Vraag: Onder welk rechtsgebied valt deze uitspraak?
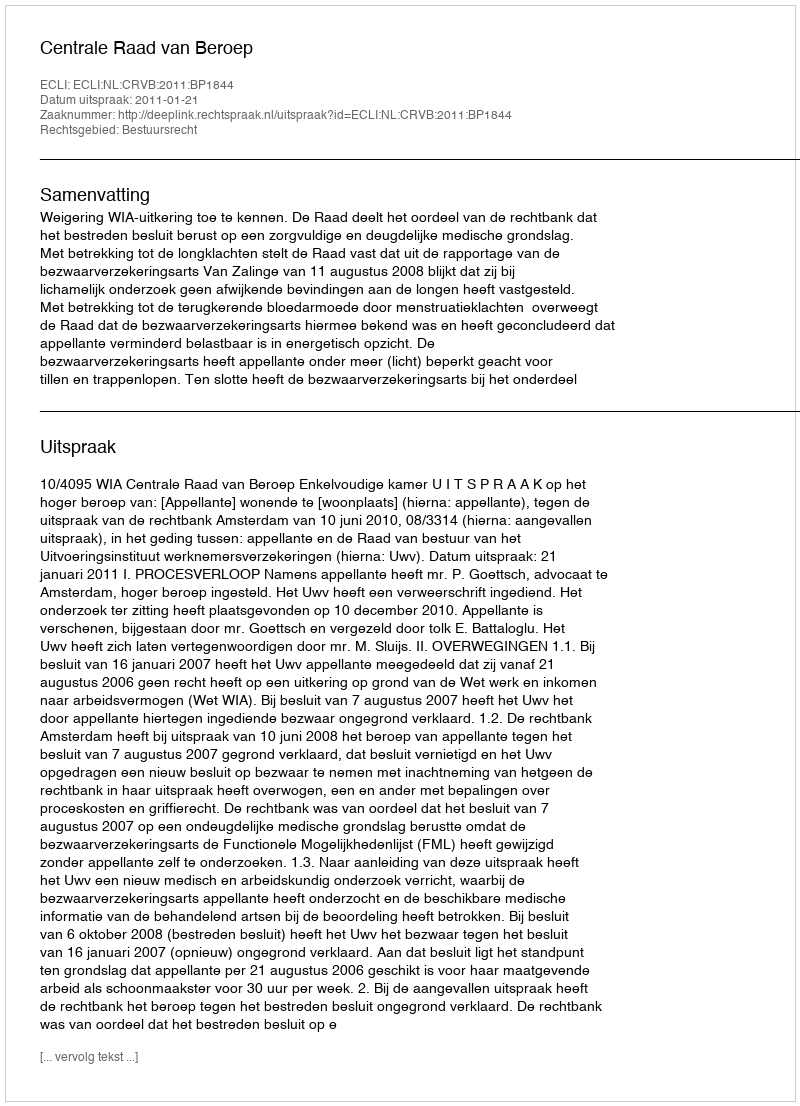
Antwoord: Bestuursrecht